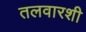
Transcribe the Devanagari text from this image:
तलवारशी